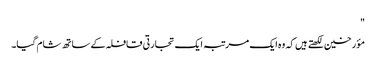
"
مؤرخین لکھتے ہیں کہ وہ ایک مرتبہ ایک تجارتی قافلہ کے ساتھ شام گیا۔